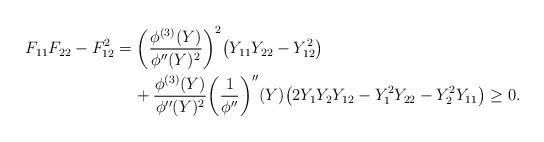
LaTeX: \begin{align*} F_{11}F_{22}-F_{12}^2&= \bigg(\frac{\phi^{(3)}(Y)}{\phi''(Y)^2}\bigg)^2\big(Y_{11}Y_{22}-Y_{12}^2\big) \\&\phantom{xx}{}+ \frac{\phi^{(3)}(Y)}{\phi''(Y)^2}\bigg(\frac{1}{\phi''}\bigg)''(Y)\big(2Y_1Y_2Y_{12} - Y_1^2Y_{22} - Y_2^2Y_{11}\big) \ge 0.\end{align*}